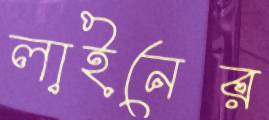
লাইনের